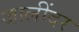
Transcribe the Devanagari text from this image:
जालींदर